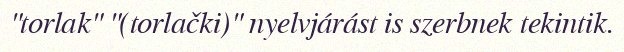
"torlak" "(torlački)" nyelvjárást is szerbnek tekintik.